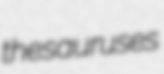
thesauruses